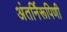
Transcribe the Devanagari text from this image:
अंतर्निरूपिणी